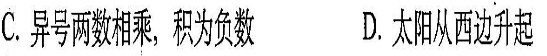
C.异号两数相乘，积为负数D.太阳从西边升起